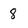
Character: 8